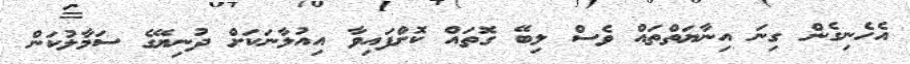
އެހެނިގެން ގިނަ އިނާޔަތްތައް ވެސް ލިބޭ ގޮތައް ކޮށްފައިވާ އިއުލާނަކަށް ދުނިޔޭގެ ސަމާލުކަން